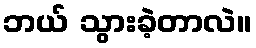
ဘယ် သွားခဲ့တာလဲ။